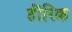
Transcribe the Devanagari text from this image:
हींरिक